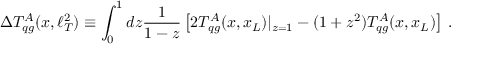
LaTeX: \Delta T _ { q g } ^ { A } ( x , \ell _ { T } ^ { 2 } ) \equiv \int _ { 0 } ^ { 1 } d z \frac { 1 } { 1 - z } \left[ 2 T _ { q g } ^ { A } ( x , x _ { L } ) | _ { z = 1 } - ( 1 + z ^ { 2 } ) T _ { q g } ^ { A } ( x , x _ { L } ) \right] \, .